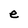
Character: e